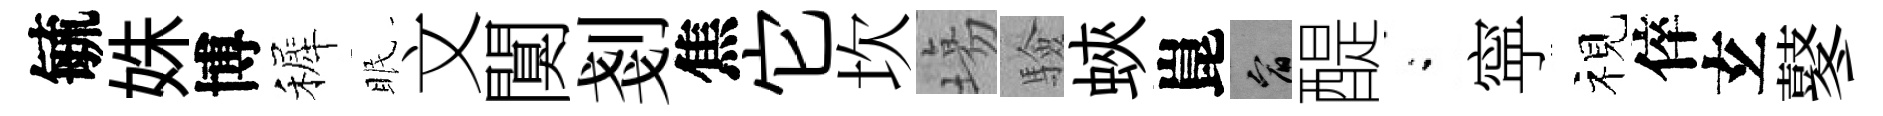
毓姝博裤眠文闃剗焦它坎塲驗蛺崑宥醍閤寜视倅𤣥鼕